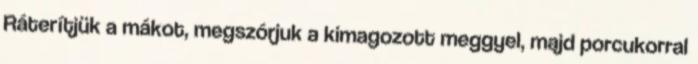
Ráterítjük a mákot, megszórjuk a kimagozott meggyel, majd porcukorral